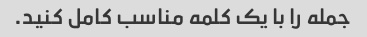
جمله را با یک کلمه مناسب کامل کنید.